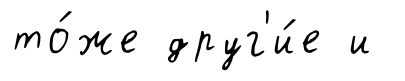
то́же друг'и́е и